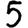
Digit: 5